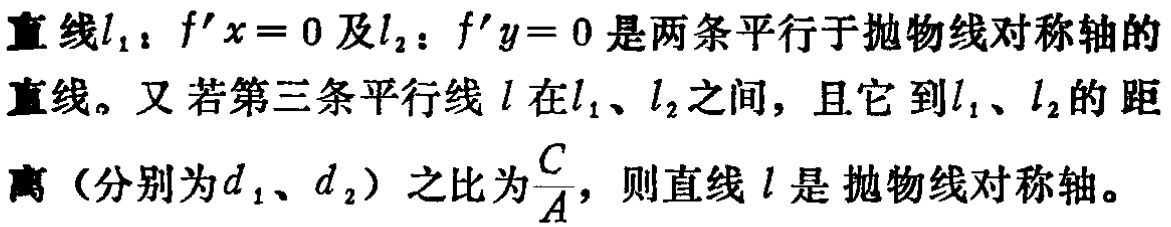
直线\(l_1: f'x = 0\)及\(l_2: f'y = 0\)是两条平行于抛物线对称轴的直线。又若第三条平行线\(l\)在\(l_1\)、\(l_2\)之间，且它到\(l_1\)、\(l_2\)的距离（分别为\(d_1\)、\(d_2\)）之比为\(\frac{C}{A}\)，则直线\(l\)是抛物线对称轴。